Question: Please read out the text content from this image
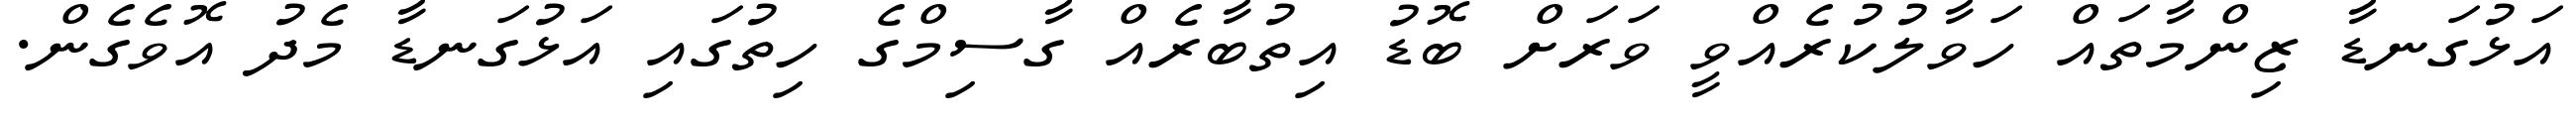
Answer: އަޅުގަނޑާ ޒިންމާތައް ހަވާލުކުރެއްވީ ވަރަށް ބޮޑު އިތުބާރެއް ގާސިމްގެ ހިތުގައި އަޅުގަނޑާ މެދު އޮވެގެން.